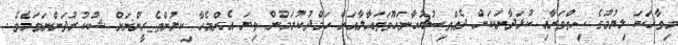
މިވާހަކަ ލިޔުމުގެ ހިތްވަރާއި ކުޅަދާނަކަން ދެއްވިސުބުޙާނަހޫވަތަޢާލާއަށް ހަމްދުކުރަމުން ތިޔަ އެންމެހާ ކިޔުންތެރީންނަށް ޝުކުރުދަންނަވަމެވެ.